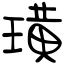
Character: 璜